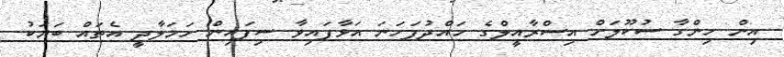
އިން ހިންގާ ސުކޫލަށް އިސްރާއީލްގެ ހައްދުފަހަނަ އަޅާފައިވާ ސިފައިން ހަމަލާދީ އެތައް ބަޔަކު